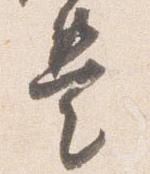
是